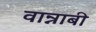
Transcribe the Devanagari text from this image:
वान्नाबी